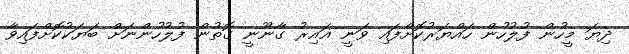
ދިޔަ މީހުން ފުލުހުން ހައްޔަރުކޮށްފައި ވަނީ ޣައިރު ގާނޫނީ ގޮތުން ފުލުހުންނަށް ބަޔަކުކޮށްފައިވާ